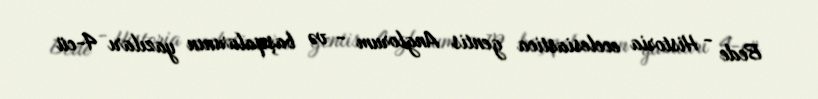
Bede - Historia ecclesiastica gentis Anglorum - və başqalarının yazıları 4-cü